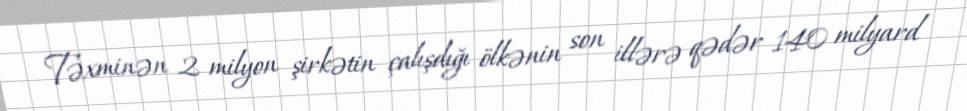
Təxminən 2 milyon şirkətin çalışdığı ölkənin son illərə qədər 140 milyard